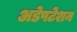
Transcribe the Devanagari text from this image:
अडेपटेशन